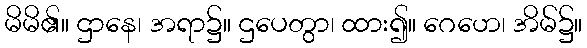
မိမိ၏။ ဌာနေ၊ အရာ၌။ ဌပေတွာ၊ ထား၍။ ဂေဟေ၊ အိမ်၌။